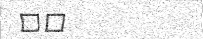
٢٤